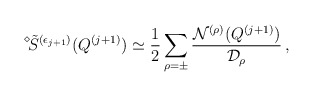
\begin{align*}\displaystyle{ \raisebox{1.1ex}{\scriptsize{$\diamond$}}} \mbox{\hspace{-0.33ex}} \tilde{S}^{(\epsilon_{j + 1})} (Q^{(j + 1)}) \simeq \frac{1}{2} \sum_{\rho = \pm} \frac{{\cal N}^{(\rho)} (Q^{(j + 1)})}{{\cal D}_\rho} \, , \end{align*}